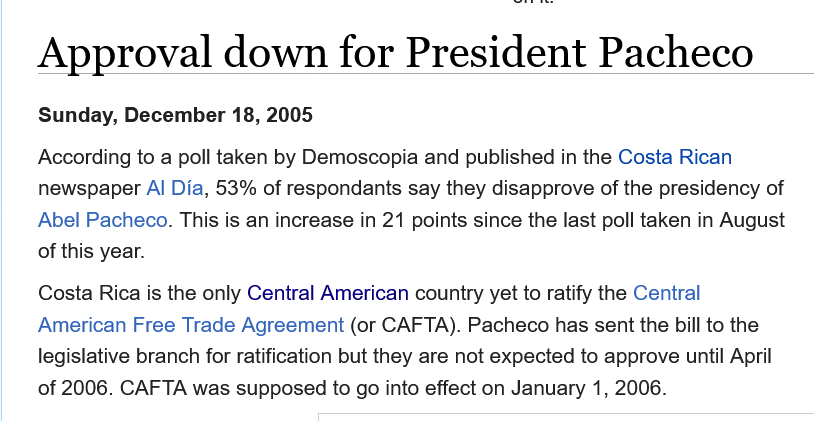
Approval    down    for    President    Pacheco
    According to a poll taken by Demoscopia and published in the Costa Rican
    newspaper Al Dia, 53% of respondants say they disapprove of the presidency of
    Abel Pacheco. This is an increase in 21 points since the last poll taken in August
    of this year.
    Costa Rica is the only Central American country yet to ratify the Central
    American  Free Trade Agreement (or CAFTA). Pacheco has sent the bill to the
    legislative branch for ratification but they are not expected to approve until April
    of 2006. CAFTA was  supposed to go into effect on January 1, 2006.
    Sunday,  December  18, 2005